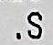
.S